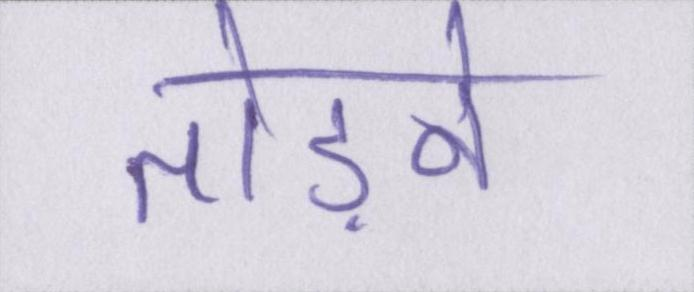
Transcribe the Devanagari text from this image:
तोड़ने